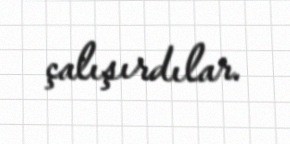
çalışırdılar.